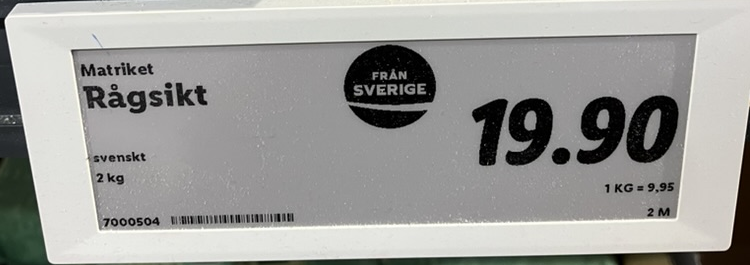
Vara: Rågsikt
Genomsnittspris: 9.95 per kg